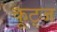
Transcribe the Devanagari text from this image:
कूट्ज